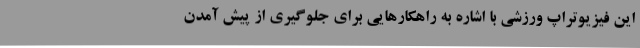
این فیزیوتراپ ورزشی با اشاره به راهکارهایی برای جلوگیری از پیش آمدن